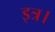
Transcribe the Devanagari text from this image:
इत्र।